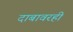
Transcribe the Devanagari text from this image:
दाबावरही